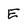
Character: e